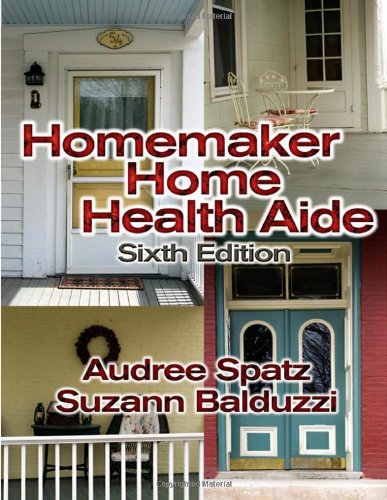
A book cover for Homemaker Home Health Aide; Audree Spatz; Medical Books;